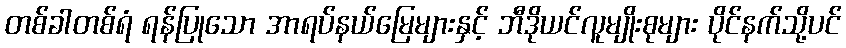
တစ်ခါတစ်ရံ ရန်ပြုသော အာရပ်နယ်မြေများနှင့် ဘီဒိုယင်လူမျိုးစုများ ပိုင်နက်သို့ပင်